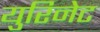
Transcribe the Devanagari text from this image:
युरिनेट